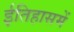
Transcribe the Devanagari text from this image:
ईतिहासमें